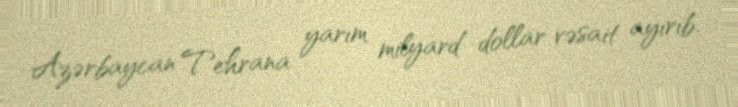
Azərbaycan Tehrana yarım milyard dollar vəsait ayırıb.